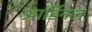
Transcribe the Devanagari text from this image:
आर्डिनल